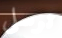
ترسلي